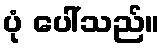
ပုံ ပေါ်သည်။